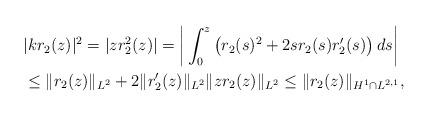
LaTeX: \begin{align*}&|k r_2(z)|^2 = |z r_2^2(z)|= \bigg | \int_0^z\left(r_2(s)^2+2 sr_2(s) r_2'(s)\right) d s\bigg|\\&\leq \|r_2(z)\|_{L^2} +2 \|r_2'(z) \|_{L^2} \|z r_2 (z) \|_{L^2}\leq \|r_2(z)\|_{H^1\cap L^{2,1}},\end{align*}